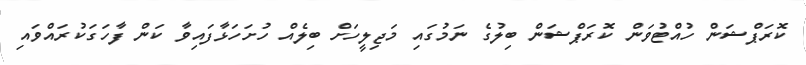
ކޮރަޕްޝަން ހުއްޓުވަން ކޮރަޕްޝަން ބިލުގެ ނަމުގައި މަޖިލީހަށް ބިލެއް ހުށަހަޅާފައިވާ ކަން ފާހަގަކުރައްވައި